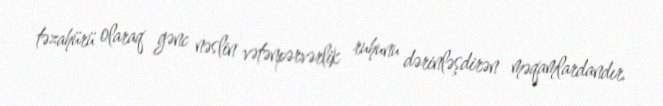
təzahürü olaraq gənc nəslin vətənpərvərlik ruhunu dərinləşdirən məqamlardandır.